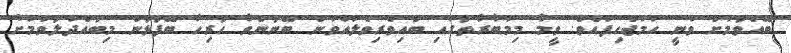
ބޭއްވުމަށް ވަނީ ހަމަޖެހިފައެވެ. ވީމާ މިމުބާރާތުގައި ބައިވެރިވެލައްވަން ބޭނުންވާ ހުރިހާ ބޭފުޅުން މިބައްދަލުވުމަށް